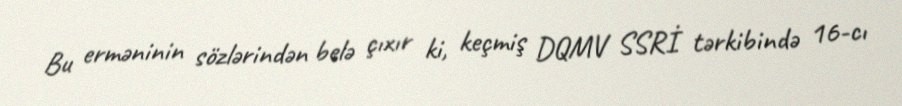
Bu erməninin sözlərindən belə çıxır ki, keçmiş DQMV SSRİ tərkibində 16-cı